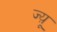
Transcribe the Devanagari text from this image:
ज्य़ू